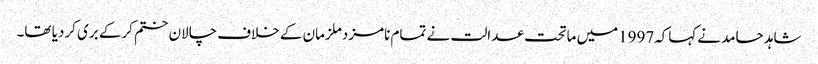
شاہد حامد نےکہاکہ1997میں ماتحت عدالت نے تمام نامزدملزمان کے خلاف چالان ختم کرکے بری کردیا تھا۔